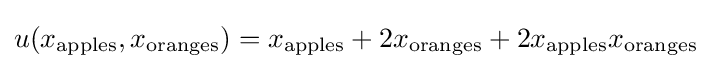
u(x_{\text{apples}},x_{\text{oranges}})=x_{\text{apples}}+2x_{\text{oranges}}+2x_{\text{apples}}x_{\text{oranges}}